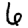
Digit: 6